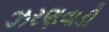
ઝરણવાડી